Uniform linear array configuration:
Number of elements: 12
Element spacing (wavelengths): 0.5
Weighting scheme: cosine
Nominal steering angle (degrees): -45
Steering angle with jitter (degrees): -44.607
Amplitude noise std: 0.05
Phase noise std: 0.05

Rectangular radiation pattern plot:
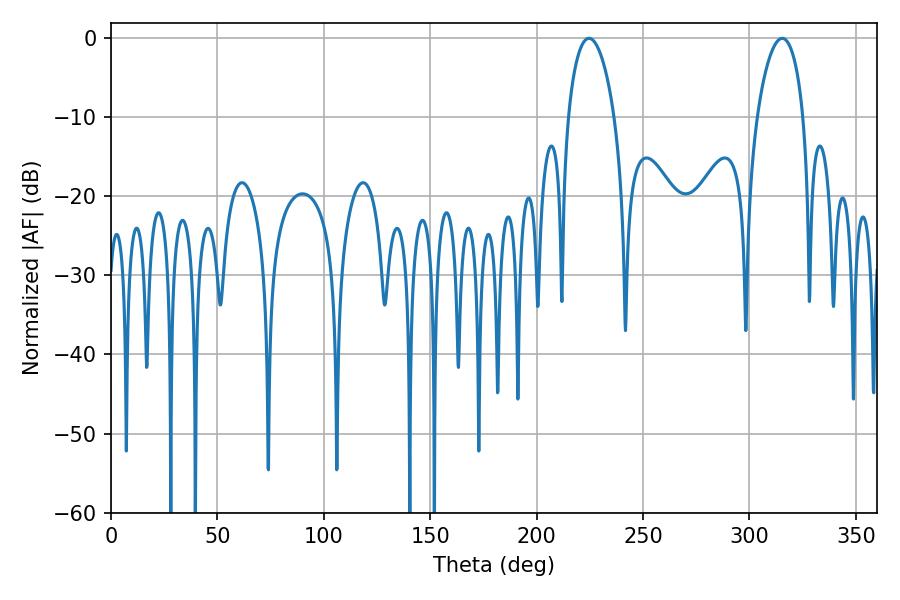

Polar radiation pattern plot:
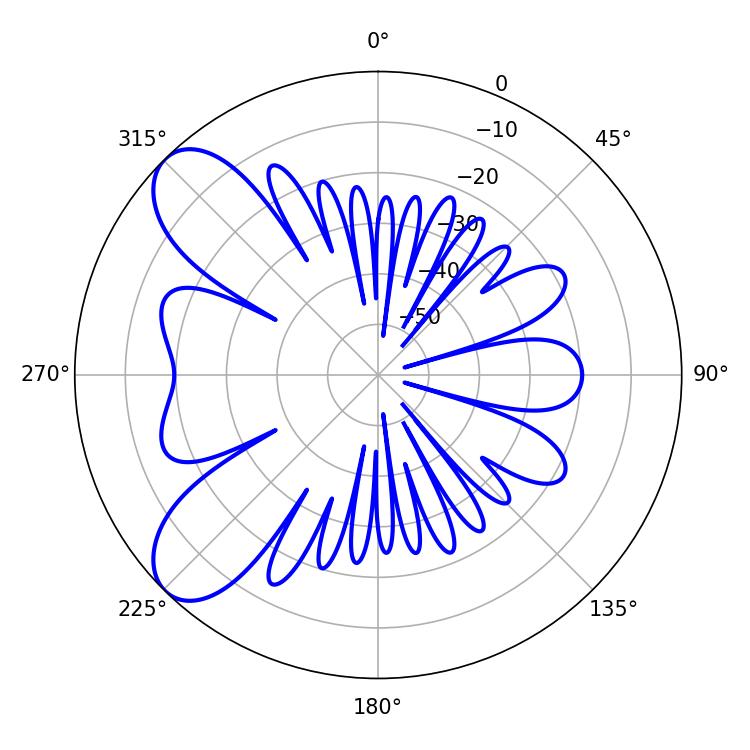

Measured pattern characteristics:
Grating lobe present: FALSE
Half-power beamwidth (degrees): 12.42
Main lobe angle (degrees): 224.64